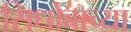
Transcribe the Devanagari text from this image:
सिधोबाच्या